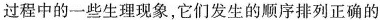
过程中的一些生理现象，它们发生的顺序排列正确的